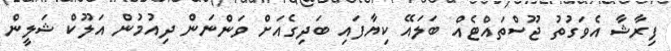
ފިރާޝާ އެވަގުތު ޖޫސްތައްޓެއް ބަލައޭ ކިޔާފައި ބަދިގެއަށް ވަންނަން ދިއުމުން އަލޫކް ޝަލީން